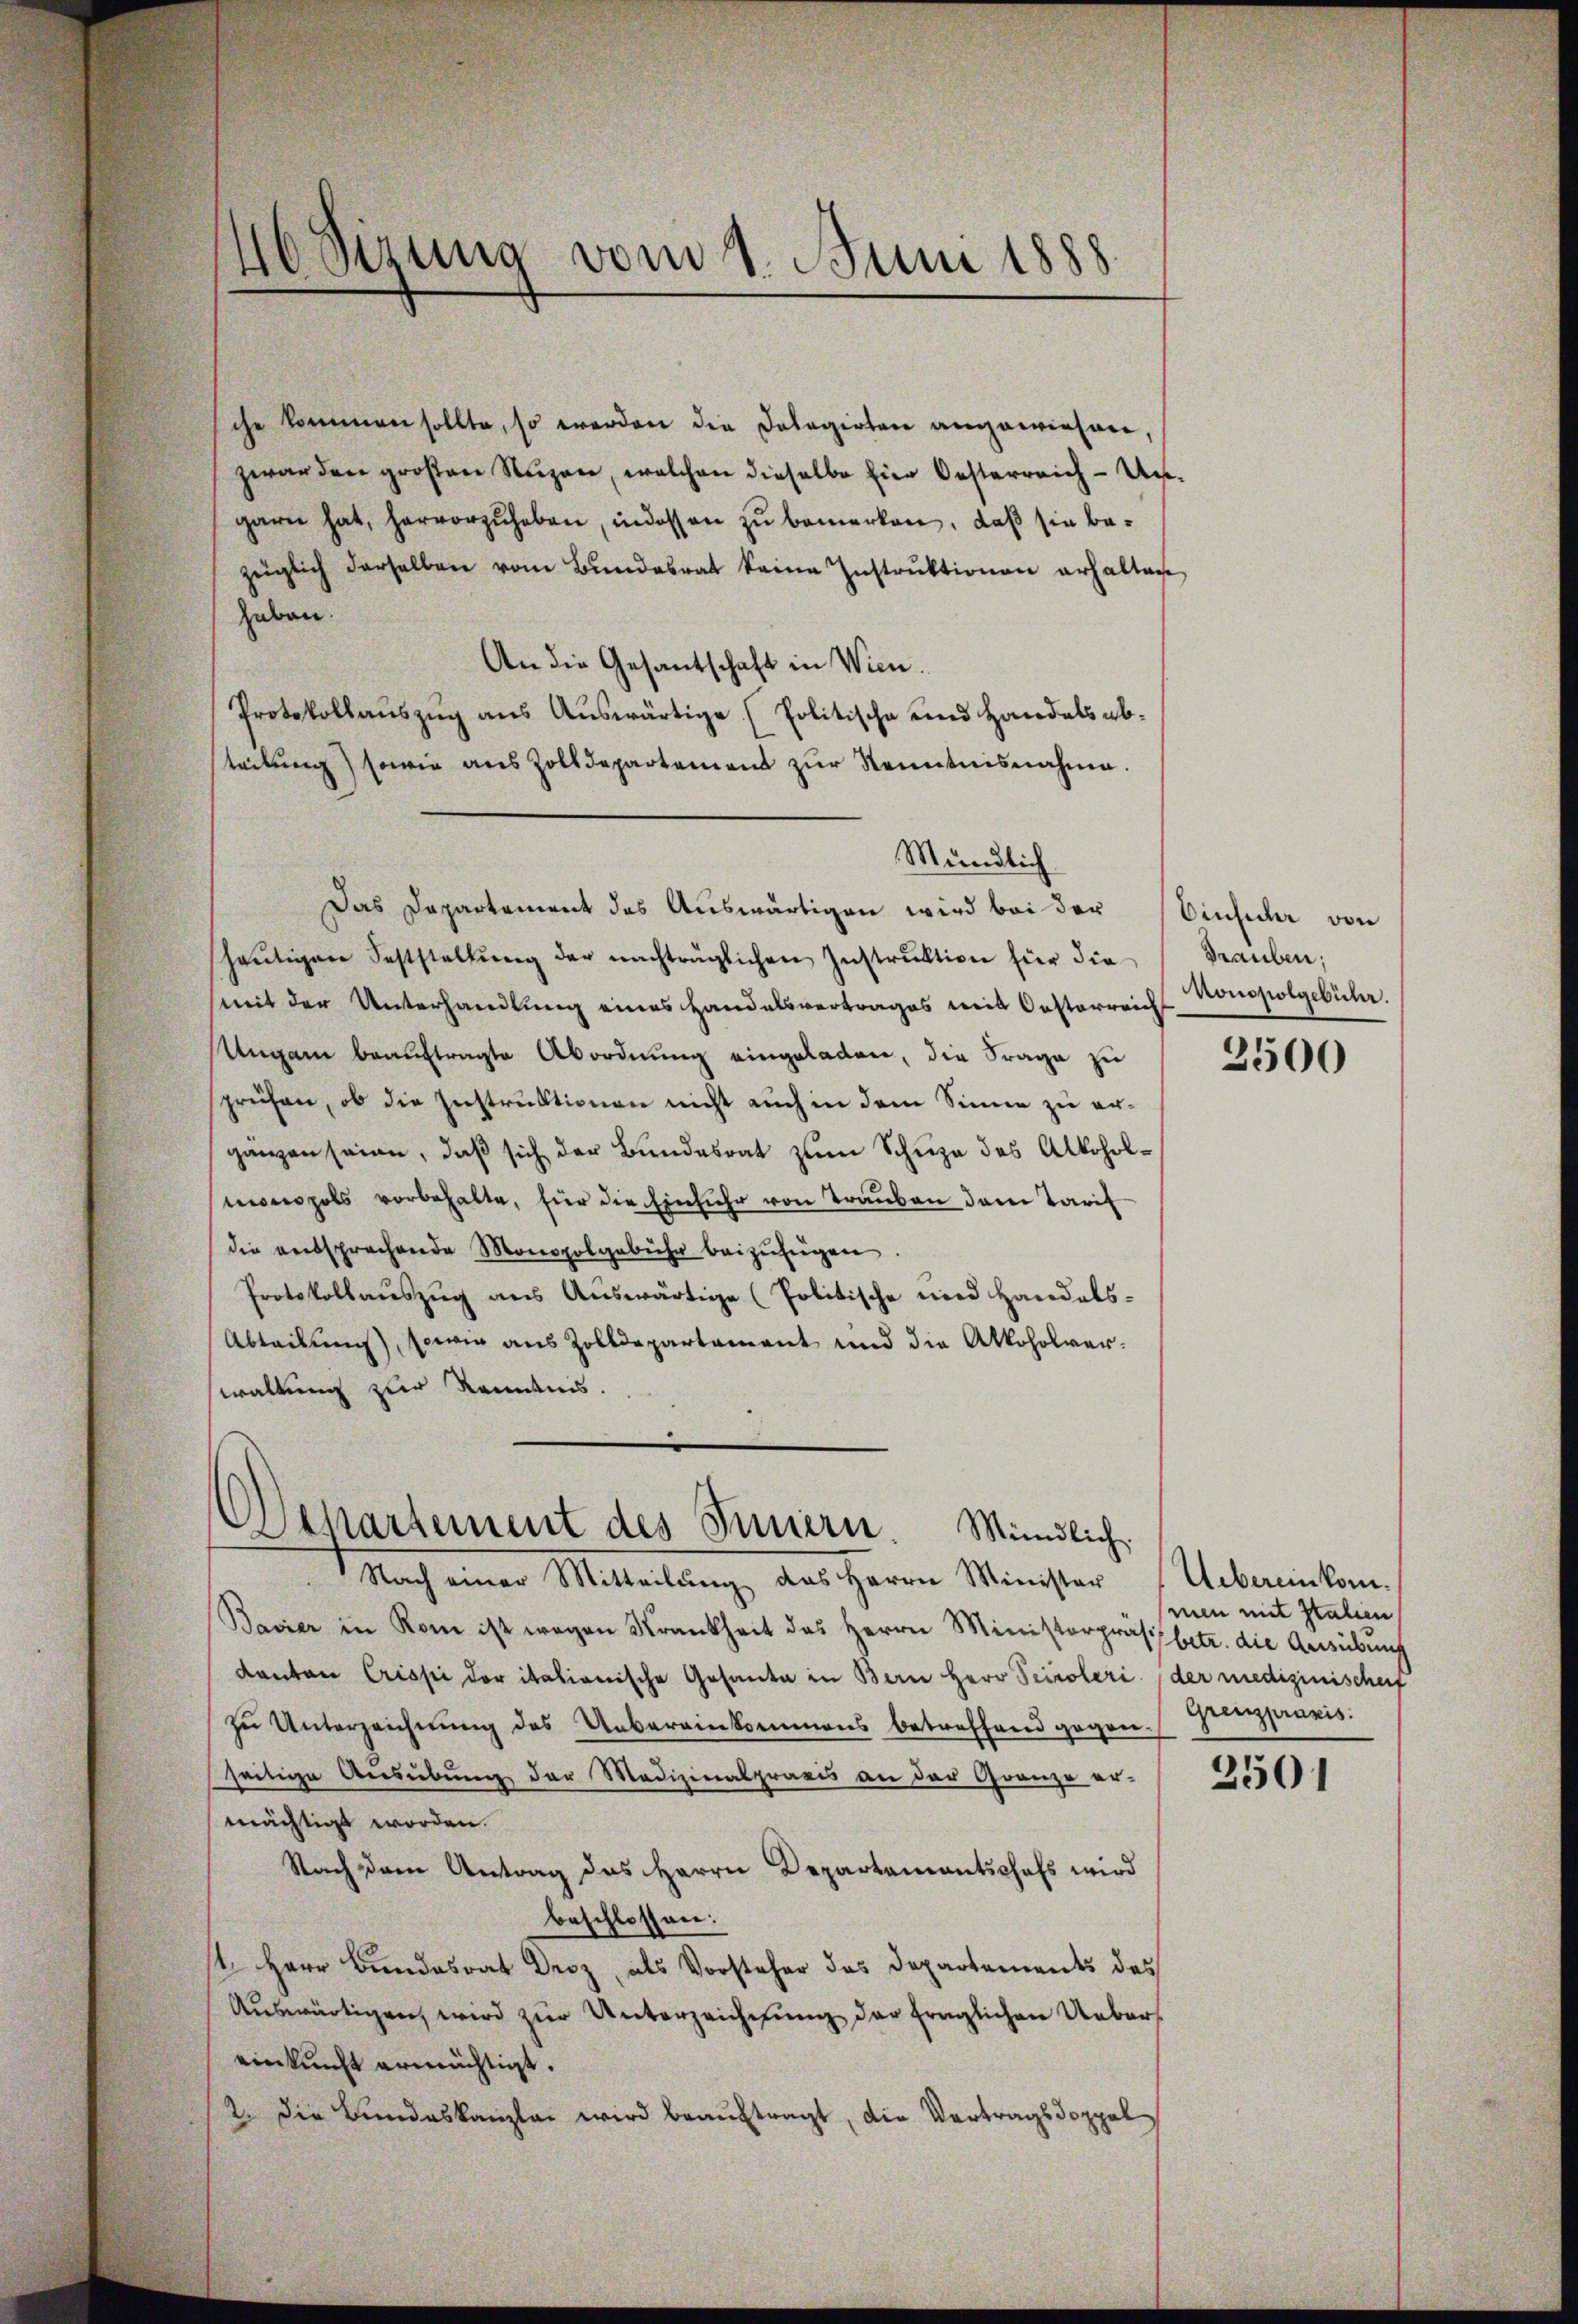
46 Sizung vom 1. Juni 1888.

che kommen sollte, so werden die Dolagirten angewiesen,
zwar den großen Nuzen, welchen dieselbe hier Oesterreich-Ungarn hat, hervorzuheben, indessen zu bemerken, daß sie bezüglich derselben vom Bundesrat keine Instruktionen erhalten
haben.
An die Gesantschaft in Wien.
Protokollauszug aus Auswärtige (Politische und Handels absteilung) sowie aus Zolldepartement zŭr Kenntnisnahme.
Das Departement des Auswärtigen wird bei der Einsicher von
heŭtigen Feststellŭng der nachträglichen Instruktion für die
mit der Unterhandlung eines Handelsvertrages mit Oesterreich
Ungarn beauftragte Abordnung eingeladen, die Frage zu
sprüchen, ob die Instruktionen nicht auch in dem Sinne zu ergänzen seien, daß sich der Bundesrat zum Schuze des Alkoholmonopols vorbehalte, für die Einfuhr von Trauben dem Tarif
die entsprechende Monopolgebühr beizufügen.
Protokollaŭszŭg aŭs Aŭswärtige (Politische und Handels-
Abteilung, sowie aus Zolldepartament und die Alkoholverwaltung zur Kenntnis.

Mündlich

Departement des Innern. Mündlich.

Nach einer Mitteilung, das Herrn Minister
Bavier in Rom ist wegen Krankheit des Herrn Ministerprassbetr. die Ausübung
kanton Crissi der italionische Gesante in Bern Herr Seiroleri der medizinischerf
zu Unterzeichnung des Uebereinkommens betreffend gegen-
seitige Aŭsübŭng der Medizinalpraxis an der Gränze er-
mächtigt worden.
Nach dem Antrag das Herrn Departementschafs wird
beschlossen:
st. Herr Bundesrat Droz, als Vorsteher das Departements des
Auswärtigen, wird zur Unterzeichnung der fraglichen Uebereinkunft ermächtigt.
2. Die Bundeskanzlei wird beauftragt, die Vertragsdoppel

Grauben;
Monopolgebühr.

3500

Uebereinkommen mit Italien
Grenzpraxis.

2501